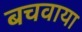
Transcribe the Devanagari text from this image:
बचवाया